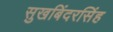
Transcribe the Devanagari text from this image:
सुखबिंदरसिंह